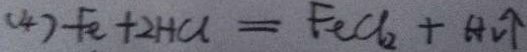
( 4 ) F e + 2 H C l = F e C l _ { 2 } + H _ { 2 } \uparrow